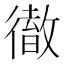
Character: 𢕿